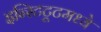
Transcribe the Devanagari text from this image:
इन्स्टिटूटमध्ये